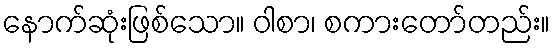
နောက်ဆုံးဖြစ်သော။ ဝါစာ၊ စကားတော်တည်း။